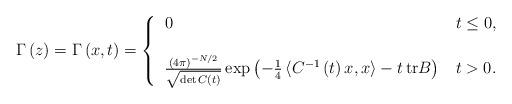
LaTeX: \begin{align*}\Gamma \left(z \right) =\Gamma \left(x,t\right) =\left\{\begin{tabular}[c]{lll}$0$ & $t\leq0,$\\\mbox{}\\$\frac{\left( 4\pi\right) ^{-N/2}}{\sqrt{\det C\left( t\right) }}\exp\left( -\frac{1}{4}\left\langle C^{-1}\left( t\right) x,x\right\rangle - t \, \mathrm{tr} B\right) $ & $t>0.$\end{tabular}\ \right. \end{align*}